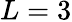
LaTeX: L=3